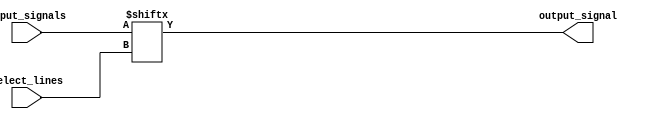
module multiplexer_128to1 (
    input [127:0] input_signals,
    input [6:0] select_lines,
    output output_signal
);

assign output_signal = input_signals[select_lines];

endmodule